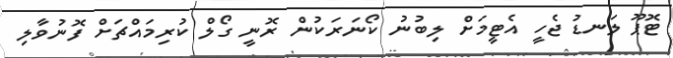
ޓޮޕޫ ލަނޑު ޖެހީ އެޓީމަށް ލިބުނު ކޯނަރަކުން ރޮނީ ގޯލް ކުރިމައްޗަށް ފޮނުވާލި